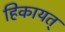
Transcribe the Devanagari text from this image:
हिकायत्‌